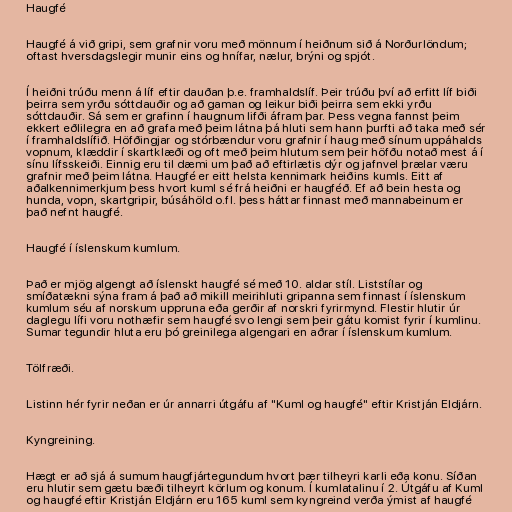
Haugfé

Haugfé á við gripi, sem grafnir voru með mönnum í heiðnum sið á Norðurlöndum;
oftast hversdagslegir munir eins og hnífar, nælur, brýni og spjót.

Í heiðni trúðu menn á líf eftir dauðan þ.e. framhaldslíf. Þeir trúðu því að erfitt líf biði
þeirra sem yrðu sóttdauðir og að gaman og leikur biði þeirra sem ekki yrðu
sóttdauðir. Sá sem er grafinn í haugnum lifði áfram þar. Þess vegna fannst þeim
ekkert eðlilegra en að grafa með þeim látna þá hluti sem hann þurfti að taka með sér
í framhaldslífið. Höfðingjar og stórbændur voru grafnir í haug með sínum uppáhalds
vopnum, klæddir í skartklæði og oft með þeim hlutum sem þeir höfðu notað mest á í
sínu lífsskeiði. Einnig eru til dæmi um það að eftirlætis dýr og jafnvel þrælar væru
grafnir með þeim látna. Haugfé er eitt helsta kennimark heiðins kumls. Eitt af
aðalkennimerkjum þess hvort kuml sé frá heiðni er haugféð. Ef að bein hesta og
hunda, vopn, skartgripir, búsáhöld o.fl. þess háttar finnast með mannabeinum er
það nefnt haugfé.

Haugfé í íslenskum kumlum.

Það er mjög algengt að íslenskt haugfé sé með 10. aldar stíl. Liststílar og
smíðatækni sýna fram á það að mikill meirihluti gripanna sem finnast í íslenskum
kumlum séu af norskum uppruna eða gerðir af norskri fyrirmynd. Flestir hlutir úr
daglegu lífi voru nothæfir sem haugfé svo lengi sem þeir gátu komist fyrir í kumlinu.
Sumar tegundir hluta eru þó greinilega algengari en aðrar í íslenskum kumlum.

Tölfræði.

Listinn hér fyrir neðan er úr annarri útgáfu af "Kuml og haugfé" eftir Kristján Eldjárn.

Kyngreining.

Hægt er að sjá á sumum haugfjártegundum hvort þær tilheyri karli eða konu. Síðan
eru hlutir sem gætu bæði tilheyrt körlum og konum. Í kumlatalinu í 2. Útgáfu af Kuml
og haugfé eftir Kristján Eldjárn eru 165 kuml sem kyngreind verða ýmist af haugfé